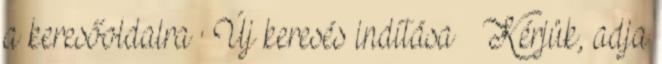
a keresőoldalra · Új keresés indítása › Kérjük, adja